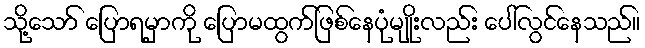
သို့သော် ပြောရမှာကို ပြောမထွက်ဖြစ်နေပုံမျိုးလည်း ပေါ်လွင်နေသည်။